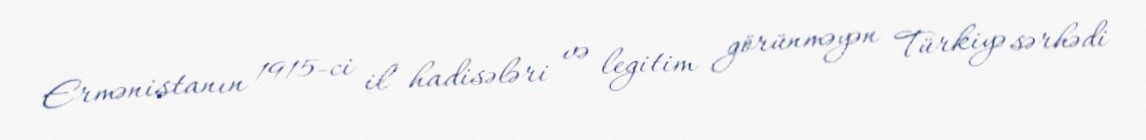
Ermənistanın 1915-ci il hadisələri və legitim görünməyən Türkiyə sərhədi